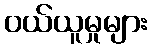
ဝယ်ယူမှုများ